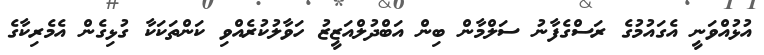
އުޅުއްވަނީ އެގައުމުގެ ރަސްގެފާނު ސަލްމާން ބިން އަބްދުލްއަޒީޒު ހަވާލުކުރެއްވި ކަންތަކަކާ ގުޅިގެން އެމެރިކާގެ